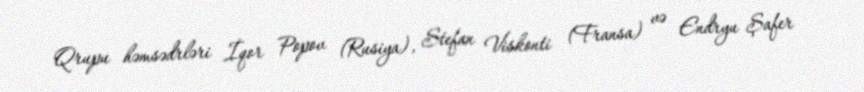
Qrupu həmsədrləri İqor Popov (Rusiya), Stefan Viskonti (Fransa) və Endryu Şafer